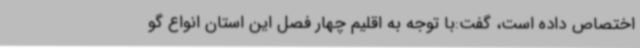
اختصاص داده است، گفت:با توجه به اقلیم چهار فصل این استان انواع گو